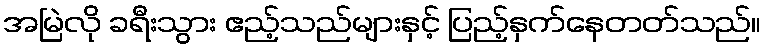
အမြဲလို ခရီးသွား ဧည့်သည်များနှင့် ပြည့်နှက်နေတတ်သည်။